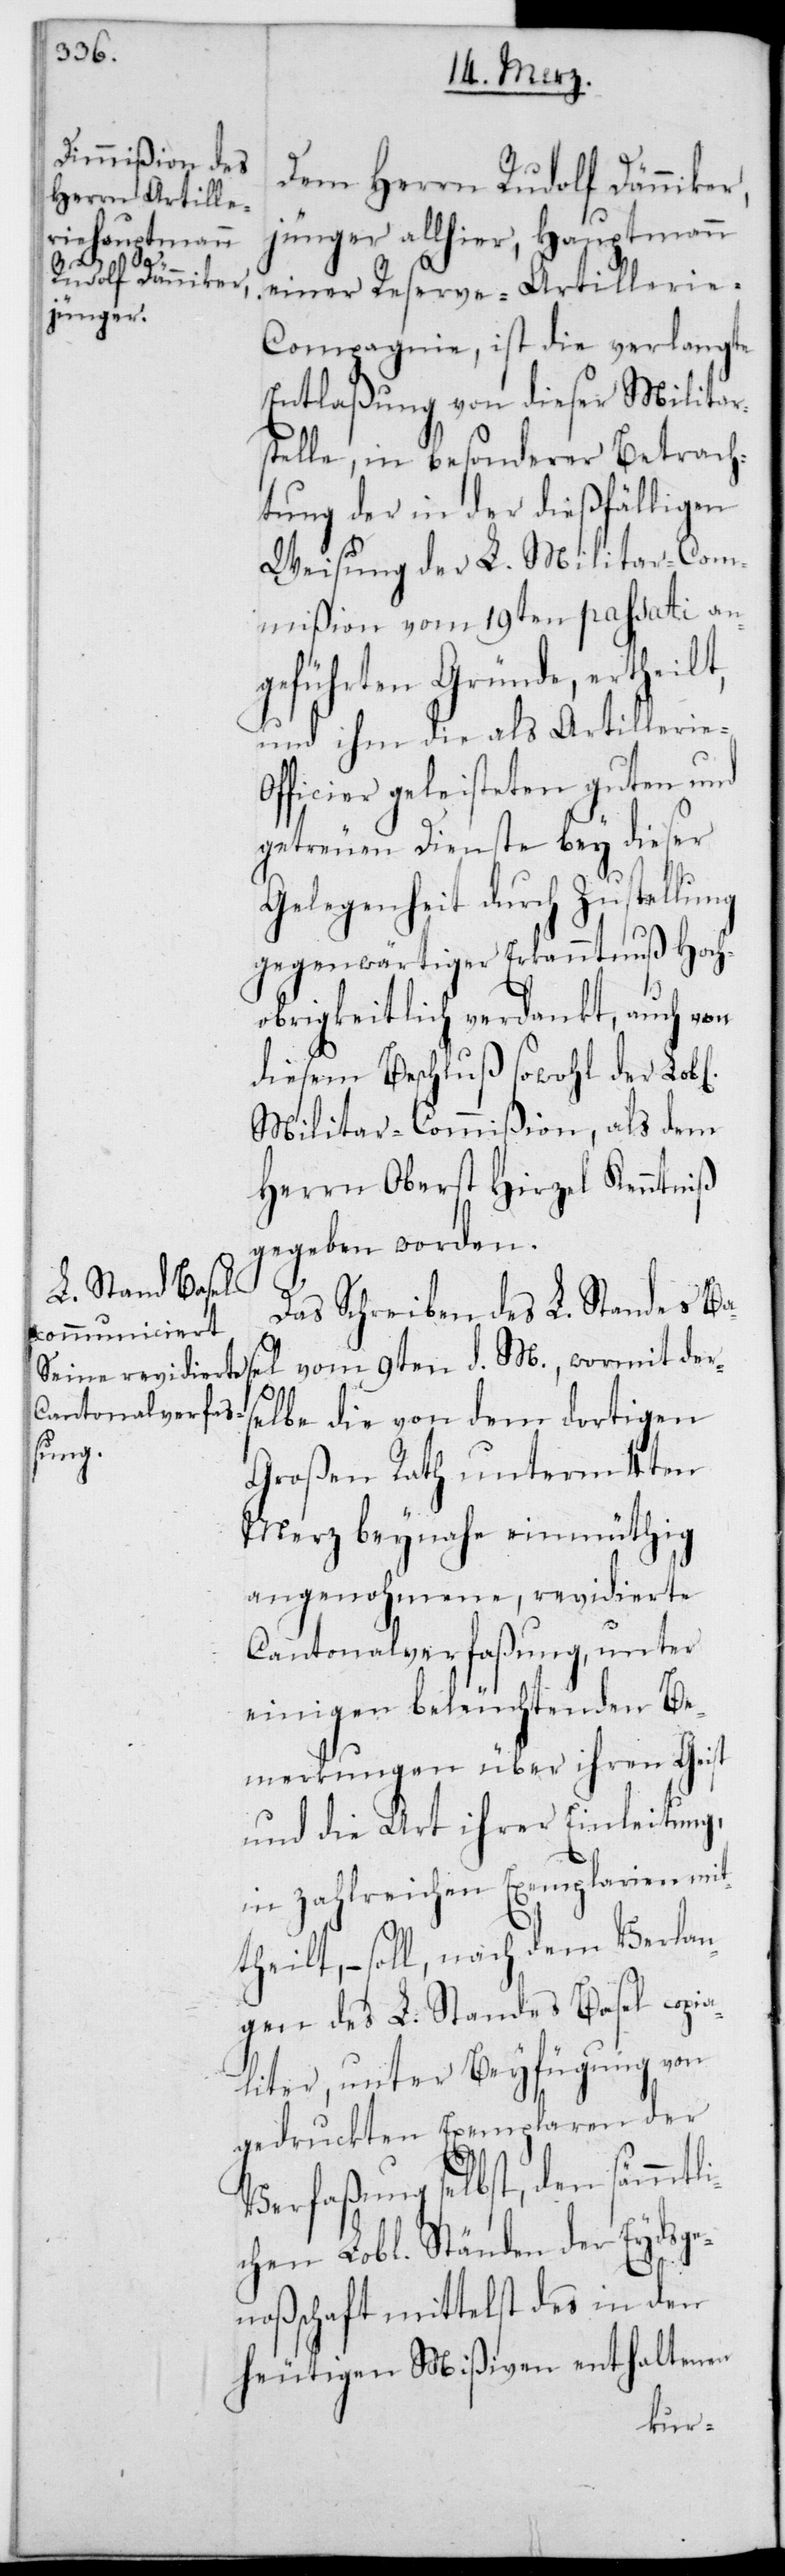
Dem Herrn Rudolf Dänniker
jünger, allhier, Hauptmann
ders¬
einer Reserve-Artillerie-C¬
ompagnie, ist die verlangte
Entlaßung von dieser Milita¬
stelle, in besonderer Betrach¬
tung der in der dießfälligen
Weisung der L. Militar-Com¬
mißion vom 19ten passati an¬
geführten Gründe, ertheilt,
und ihm die als Artillerieo¬
fficier geleisteten guten und
getreuen Dienste bey dieser
Gelegenheit durch Zustellung
gegenwärtiger Erkanntnuß Hoch¬
obrigkeitlich verdankt, auch von
diesem Beschluß sowohl der L.
Militar-Commißion, als dem
Herrn Oberst Hirzel Kenntniß
gegeben worden.
Das Schreiben des L. Standes Ba¬
elbe die von dem dortigen
Großen Rath unterm 4ten
Merz beynahe einmüthig
angenohmene, revidierte
Cantonalverfaßung, unter
einigen beleuchtenden Be¬
merkungen über ihren Geist
und die Art ihrer Einleitung,
in zahlreichen Exemplarien mit¬
theilt, – soll nach dem Verlan¬
gen des L. Standes Basel copia¬
liter, unter Beyfügung von
gedruckten Exemplaren der
Verfaßung selbst, den sämmtli¬
chen Lobl. Ständen der Eydsge¬
noßenschaft mittelst des in den
heutigen Mißiven enthaltenen
ir¬